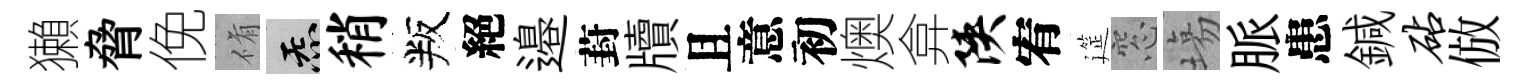
獺脅俛脩炁稍叛絕邉葑牘且意初燠弇陕宥筵窓塲脈患鍼砧倣